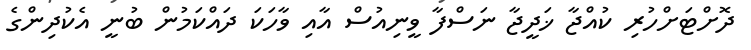
ދޮށްޓަށްހުރި ކުއްޖާ ޚަދީޖާ ނަސްފާ ވީނިއުސް އާއި ވާހަކަ ދައްކަމުން ބުނީ އެކުދިންގެ